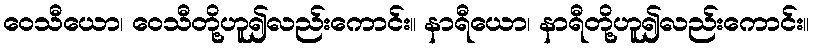
ဝေသီယော၊ ဝေသီတို့ဟူ၍လည်းကောင်း။ နာရီယော၊ နာရီတို့ဟူ၍လည်းကောင်း။